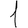
Digit: 1